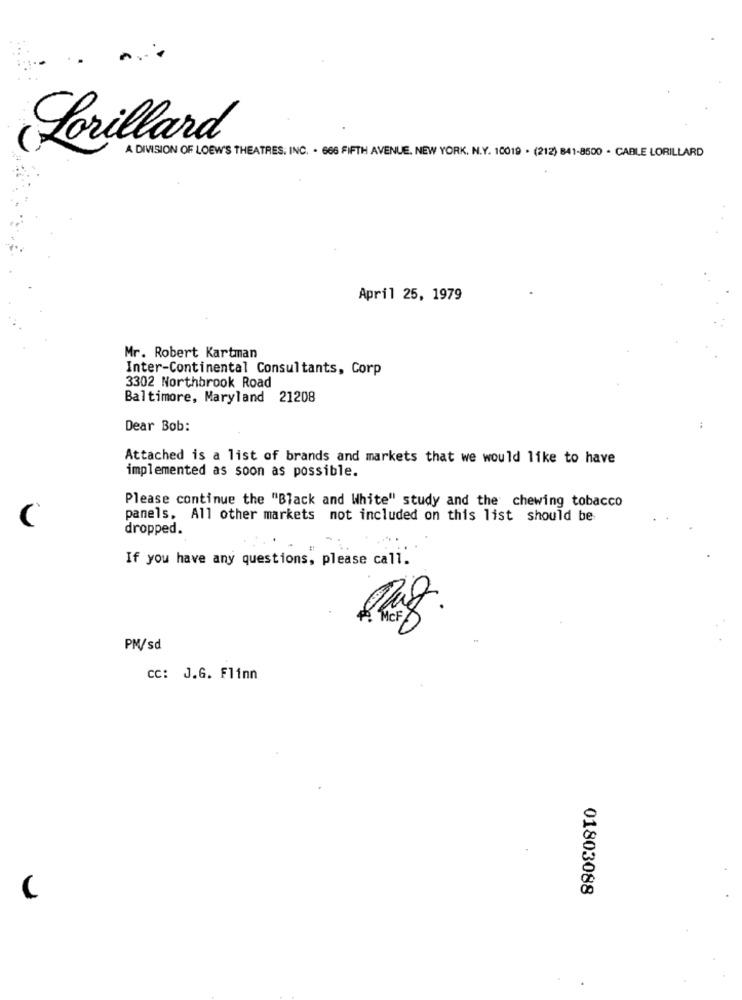
Lorillard
A DIVISION OF LOEW'S THEATRES, INC. . 666 FIFTH AVENUE. NEW YORK, N.Y. 10019 . (212) 841-8500 - CABLE LORILLARD
April 25, 1979
Mr. Robert Kartman
Inter-Continental Consultants, Corp
3302 Northbrook Road
Baltimore, Maryland 21208
Dear Bob:
..
Attached is a list of brands and markets that we would like to have
implemented as soon as possible.
Please continue the "Black and White" study and the chewing tobacco
C
panels, All other markets not included on this list should be
dropped.
If you have any questions, please call.
Raz.
PM/sd
Cc: J.G. Flinn
01803088